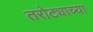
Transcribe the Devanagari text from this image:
तरोट्याच्या